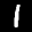
Label: 1